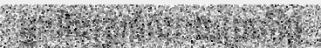
អ្នកនឹងត្រូវចំណាយប្រចាំថ្ងៃ